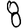
Digit: 8